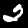
Digit: 2